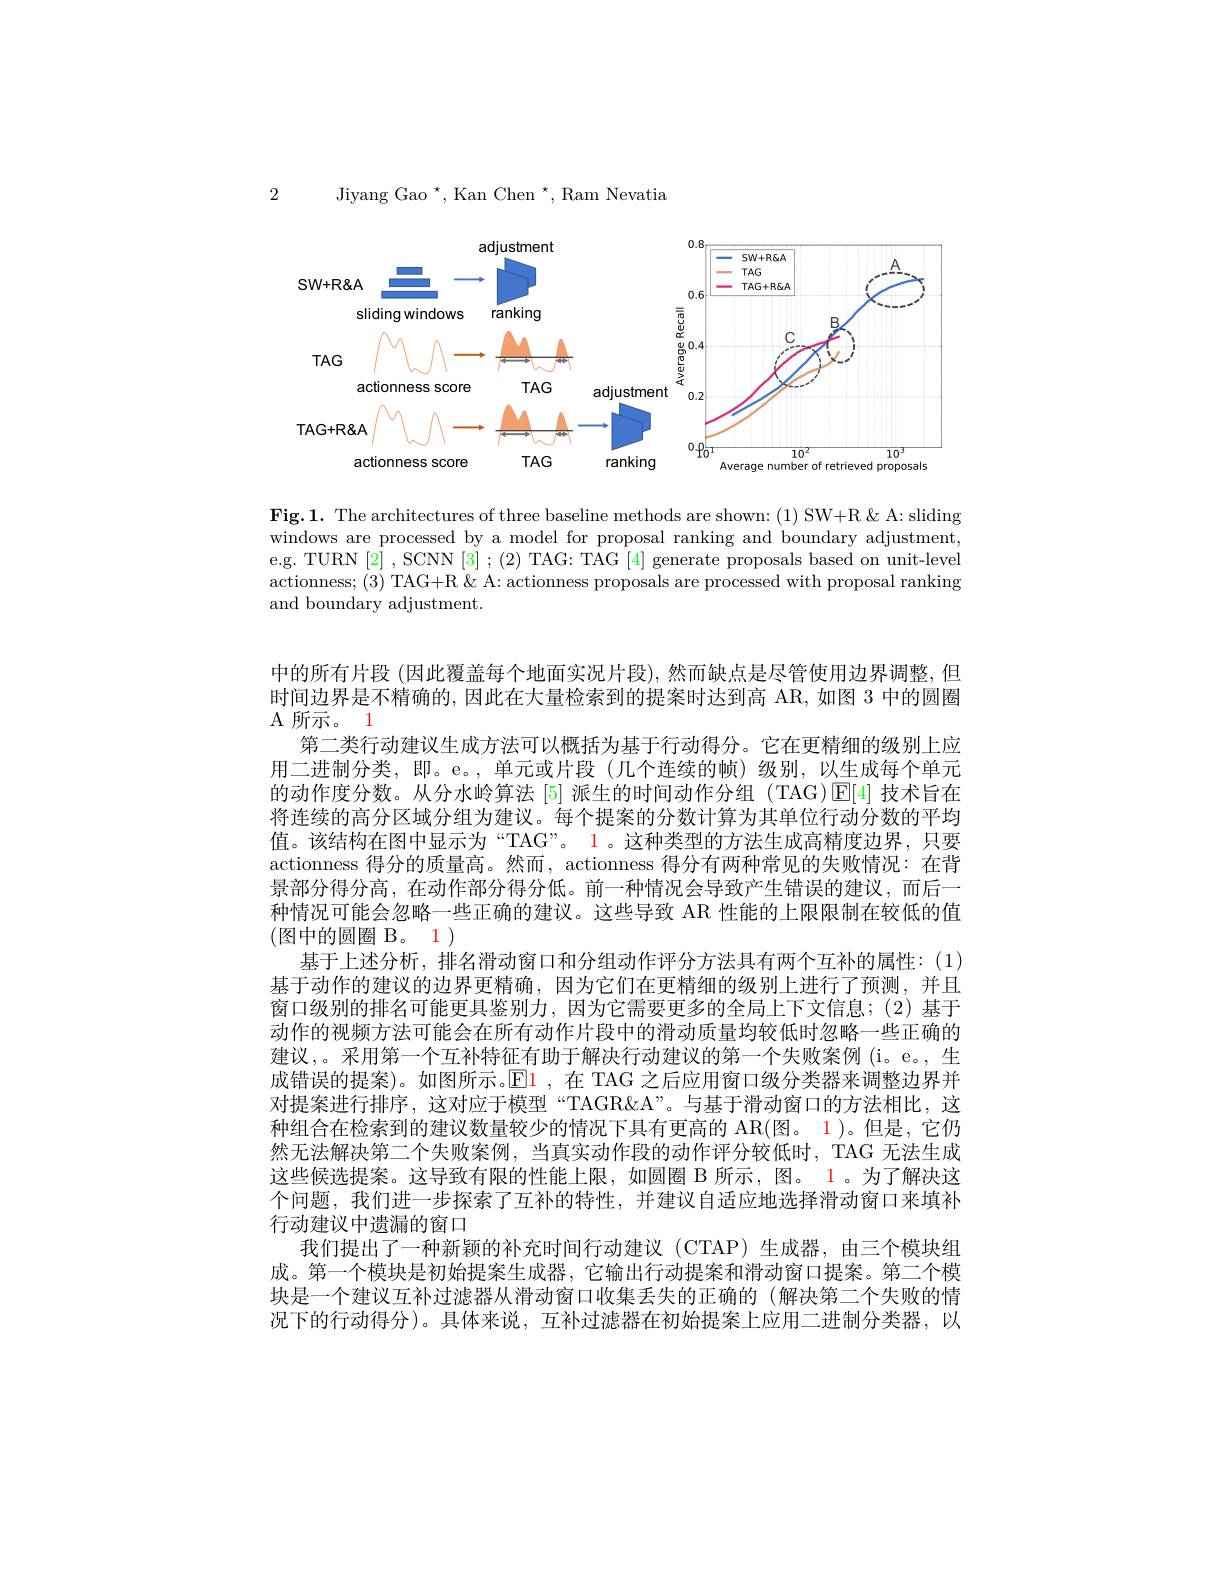
2 Jiyang Gao$^\star,\text{Kan Chen}^\star$,Ram Nevatia

<FigureHere>

$\mathbf{Fig.1.~The~architectures~of~three~baseline~methods~are~shown:~(1)~SW+R~\&~A:~sliding}$ windows are processed by a model for proposal ranking and boundary adjustment, e.g. TURN [2] , SCNN [3] ; (2) TAG: TAG [4] generate proposals based on unit-level actionness; (3) TAG+R &A: actionness proposals are processed with proposal ranking and boundary adjustment.

中的所有片段 (因此覆盖每个地面实况片段),然而缺点是尽管使用边界调整，但时间边界是不精确的，因此在大量检索到的提案时达到高 AR,如图 3 中的圆圈A 所示。1
第二类行动建议生成方法可以概括为基于行动得分。它在更精细的级别上应用二进制分类，即。e。,单元或片段(几个连续的帧)级别，以生成每个单元的动作度分数。从分水岭算法 [5]派生的时间动作分组 (TAG)[E[4] 技术旨在将连续的高分区域分组为建议。每个提案的分数计算为其单位行动分数的平均值。该结构在图中显示为“TAG”。1。这种类型的方法生成高精度边界，只要actionness 得分的质量高。然而，actionness 得分有两种常见的失败情况：在背景部分得分高，在动作部分得分低。前一种情况会导致产生错误的建议，而后一种情况可能会忽略一些正确的建议。这些导致 AR 性能的上限限制在较低的值$( 图 中 的 圆 圈 B$。1)
基于上述分析，排名滑动窗口和分组动作评分方法具有两个互补的属性：(1) 基于动作的建议的边界更精确，因为它们在更精细的级别上进行了预测，并且窗口级别的排名可能更具鉴别力，因为它需要更多的全局上下文信息；(2)基于动作的视频方法可能会在所有动作片段中的滑动质量均较低时忽略一些正确的建议，。采用第一个互补特征有助于解决行动建议的第一个失败案例(i。e。,生成错误的提案)。如图所示。$\operatorname{E1}$,在 TAG 之后应用窗口级分类器来调整边界并对提案进行排序，这对应于模型“TAGR$\&A”。与基于滑动窗口的方法相比，这$ 种组合在检索到的建议数量较少的情况下具有更高的 AR(图。1)。但是，它仍然无法解决第二个失败案例，当真实动作段的动作评分较低时，TAG 无法生成这些候选提案。这导致有限的性能上限，如圆圈 B 所示，图。1。为了解决这个问题，我们进一步探索了互补的特性，并建议自适应地选择滑动窗口来填补行动建议中遗漏的窗口
我们提出了一种新颖的补充时间行动建议 (CTAP) 生成器，由三个模块组成。第一个模块是初始提案生成器，它输出行动提案和滑动窗口提案。第二个模块是一个建议互补过滤器从滑动窗口收集丢失的正确的(解决第二个失败的情况下的行动得分)。具体来说，互补过滤器在初始提案上应用二进制分类器，以